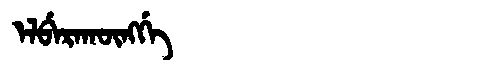
Manchu: ᡝᠯᠪᡝᡵᠠᡴᡡᠩᡤᡝ
Romanization: ELBERAKŪNGGE